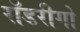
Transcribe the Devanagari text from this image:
रॉडरीगो